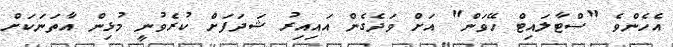
އެހެންވެ "ސްޓާލައިޓް ހޭވަން" އަށް ވަދެގެން އައިއިރު ޝަދަފަށް ކުރެވުނީ މުޅިން އާތަނަކަށް